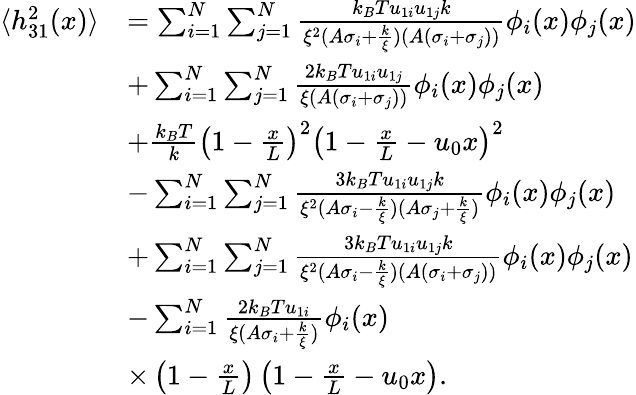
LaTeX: \begin{array}{rl}{\langle h_{31}^{2}(x)\rangle}&{=\sum_{i=1}^{N}\sum_{j=1}^{N}\frac{k_{B}Tu_{1i}u_{1j}k}{\xi^{2}(A\sigma_{i}+\frac{k}{\xi})(A(\sigma_{i}+\sigma_{j}))}\phi_{i}(x)\phi_{j}(x)}\\ &{+\sum_{i=1}^{N}\sum_{j=1}^{N}\frac{2k_{B}Tu_{1i}u_{1j}}{\xi(A(\sigma_{i}+\sigma_{j}))}\phi_{i}(x)\phi_{j}(x)}\\ &{+\frac{k_{B}T}{k}\left(1-\frac{x}{L}\right)^{2}\left(1-\frac{x}{L}-u_{0}x\right)^{2}}\\ &{-\sum_{i=1}^{N}\sum_{j=1}^{N}\frac{3k_{B}Tu_{1i}u_{1j}k}{\xi^{2}(A\sigma_{i}-\frac{k}{\xi})(A\sigma_{j}+\frac{k}{\xi})}\phi_{i}(x)\phi_{j}(x)}\\ &{+\sum_{i=1}^{N}\sum_{j=1}^{N}\frac{3k_{B}Tu_{1i}u_{1j}k}{\xi^{2}(A\sigma_{i}-\frac{k}{\xi})(A(\sigma_{i}+\sigma_{j}))}\phi_{i}(x)\phi_{j}(x)}\\ &{-\sum_{i=1}^{N}\frac{2k_{B}Tu_{1i}}{\xi(A\sigma_{i}+\frac{k}{\xi})}\phi_{i}(x)}\\ &{\times\left(1-\frac{x}{L}\right)\left(1-\frac{x}{L}-u_{0}x\right).}\end{array}